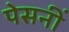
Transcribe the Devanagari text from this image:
पेसनीं